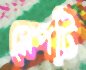
সেপটি